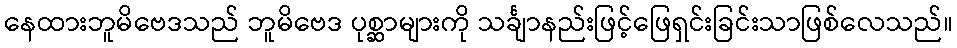
နေထားဘူမိဗေဒသည် ဘူမိဗေဒ ပုစ္ဆာများကို သင်္ချာနည်းဖြင့်ဖြေရှင်းခြင်းသာဖြစ်လေသည်။